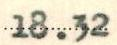
18.32